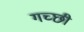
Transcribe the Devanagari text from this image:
गच्छी